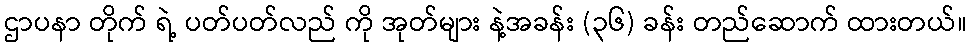
ဌာပနာ တိုက် ရဲ့ ပတ်ပတ်လည် ကို အုတ်များ နဲ့အခန်း (၃၆) ခန်း တည်ဆောက် ထားတယ်။